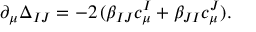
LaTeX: \partial _ { \mu } \Delta _ { I J } = - 2 \, ( \beta _ { I J } c _ { \mu } ^ { I } + \beta _ { J I } c _ { \mu } ^ { J } ) .